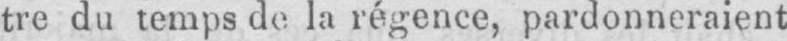
tre du temps de la régence, pardonneraient